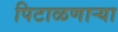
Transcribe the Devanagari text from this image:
पिटाळणाऱ्या